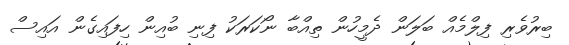
ބިރުވެރި ފިލްމެއް ބަލަން ދެމީހުން ތިއްބާ ނޯކަރަކު ފިނި ބުއިން ހިފައިގެން އައިސް